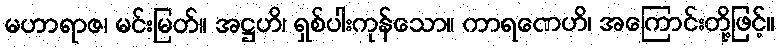
မဟာရာဇ၊ မင်းမြတ်။ အဋ္ဌဟိ၊ ရှစ်ပါးကုန်သော။ ကာရဏေဟိ၊ အကြောင်းတို့ဖြင့်။